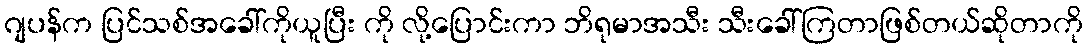
ဂျပန်က ပြင်သစ်အခေါ်ကိုယူပြီး ကို လို့ပြောင်းကာ ဘိရုမာအသီး သီးခေါ်ကြတာဖြစ်တယ်ဆိုတာကို